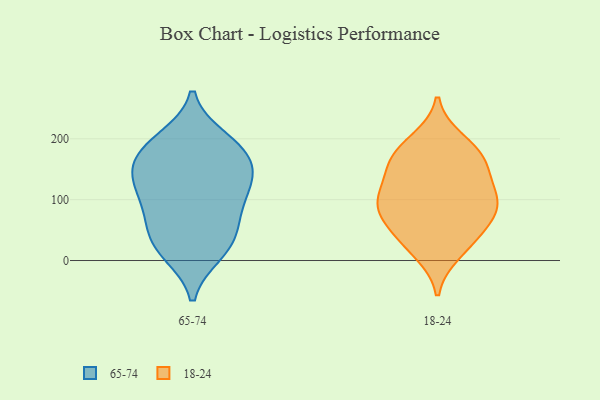
{"axis": {"x": "Shipments", "y": "Value"}, "legend": ["18-24", "65-74"], "data": [{"x": "", "y": 154, "type": "65-74"}, {"x": "", "y": 40, "type": "65-74"}, {"x": "", "y": 137, "type": "65-74"}, {"x": "", "y": 79, "type": "65-74"}, {"x": "", "y": 12, "type": "65-74"}, {"x": "", "y": 139, "type": "65-74"}, {"x": "", "y": 182, "type": "65-74"}, {"x": "", "y": 36, "type": "65-74"}, {"x": "", "y": 193, "type": "65-74"}, {"x": "", "y": 14, "type": "65-74"}, {"x": "", "y": 69, "type": "65-74"}, {"x": "", "y": 200, "type": "65-74"}, {"x": "", "y": 139, "type": "65-74"}, {"x": "", "y": 177, "type": "65-74"}, {"x": "", "y": 108, "type": "65-74"}, {"x": "", "y": 104, "type": "65-74"}, {"x": "", "y": 90, "type": "18-24"}, {"x": "", "y": 197, "type": "18-24"}, {"x": "", "y": 174, "type": "18-24"}, {"x": "", "y": 105, "type": "18-24"}, {"x": "", "y": 174, "type": "18-24"}, {"x": "", "y": 73, "type": "18-24"}, {"x": "", "y": 91, "type": "18-24"}, {"x": "", "y": 34, "type": "18-24"}, {"x": "", "y": 147, "type": "18-24"}, {"x": "", "y": 14, "type": "18-24"}, {"x": "", "y": 158, "type": "18-24"}, {"x": "", "y": 42, "type": "18-24"}, {"x": "", "y": 118, "type": "18-24"}, {"x": "", "y": 84, "type": "18-24"}]}